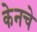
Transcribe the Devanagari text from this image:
केनचे